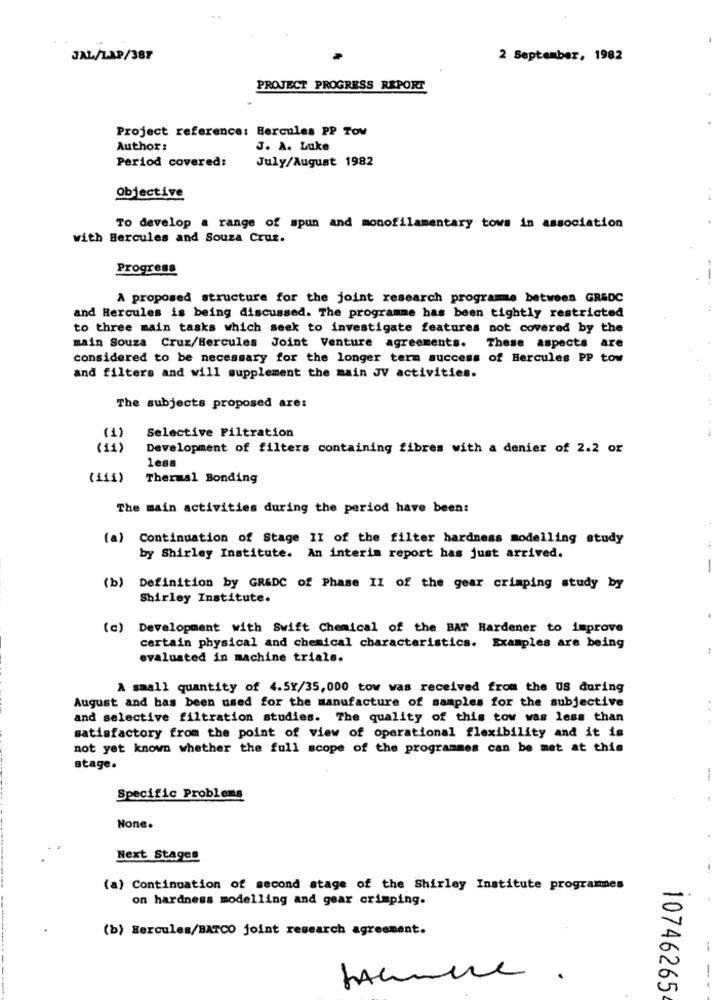
JAL/LAP/387
2 September, 1982
PROJECT PROGRESS REPORT
Project reference: Hercules PP Tow
Author:
J. A. Luke
Period covered:
July/August 1982
Objective
To develop a range of spun and monofilamentary tows in association
with Hercules and Souza Cruz.
Progress
A proposed structure for the joint research programme between GR&DC
and Hercules is being discussed. The programme has been tightly restricted
to three main tasks which seek to investigate features not covered by the
main Souza Cruz/Hercules Joint Venture agreements. These aspects are
considered to be necessary for the longer term success of Hercules PP tow
and filters and will supplement the main JV activities.
The subjects proposed are:
Selective Filtration
(1)
(11)
Development of filters containing fibres with a denier of 2.2 or
less
(112)
Thermal Bonding
The main activities during the period have been:
(a) Continuation of Stage II of the filter hardness modelling study
by Shirley Institute. An interim report has just arrived.
-
(b)
Definition by GR&DC of Phase II of the gear crimping study by
Shirley Institute.
(c)
Development with Swift Chemical of the BAT Hardener to improve
certain physical and chemical characteristics. Examples are being
-
evaluated in machine trials.
A small quantity of 4.5Y/35,000 tow was received from the US during
August and has been used for the manufacture of samples for the subjective
and selective filtration studies. The quality of this tow was less than
satisfactory from the point of view of operational flexibility and it is
not yet known whether the full scope of the programmes can be met at this
stage.
Specific Problems
None.
Next Stages
(a) Continuation of second stage of the Shirley Institute programmes
on hardness modelling and gear crimping.
(b) Hercules/BARCO joint research agreement.
10746265